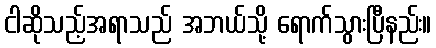
ငါဆိုသည့်အရာသည် အဘယ်သို့ ရောက်သွားပြီနည်း။